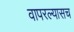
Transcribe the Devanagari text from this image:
वापरल्यासच